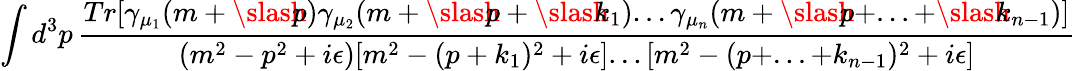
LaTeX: \int d^{3}p\, \frac{Tr[\gamma_{\mu_{1}}(m+\slash\! \! \! p)\gamma_{\mu_{2}}(m+\slash\! \! \! p+\slash\! \! \! k_{1})...\gamma_{\mu_{n}}(m+\slash\! \! \! p+...+\slash\! \! \! k_{n-1})]}{(m^{2}-p^{2}+i\epsilon)[m^{2}-(p+k_{1})^{2}+i\epsilon]...[m^{2}-(p+...+k_{n-1})^{2}+i\epsilon]}